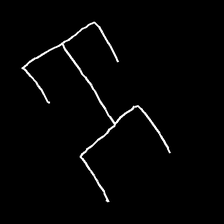
Glyph: entwine